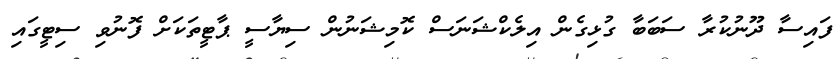
ފައިސާ ދޫނުކުރާ ސަބަބާ ގުޅިގެން އިލެކްޝަނަސް ކޮމިޝަނުން ސިޔާސީ ޕާޓީތަކަަށް ފޮނުވި ސިޓީގައި